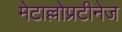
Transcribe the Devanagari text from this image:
मेटाल्लोप्रटीनेज